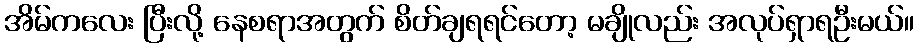
အိမ်ကလေး ပြီးလို့ နေစရာအတွက် စိတ်ချရရင်တော့ မချိုလည်း အလုပ်ရှာရဦးမယ်။